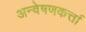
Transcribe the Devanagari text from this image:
अन्वेषणकर्त्ता